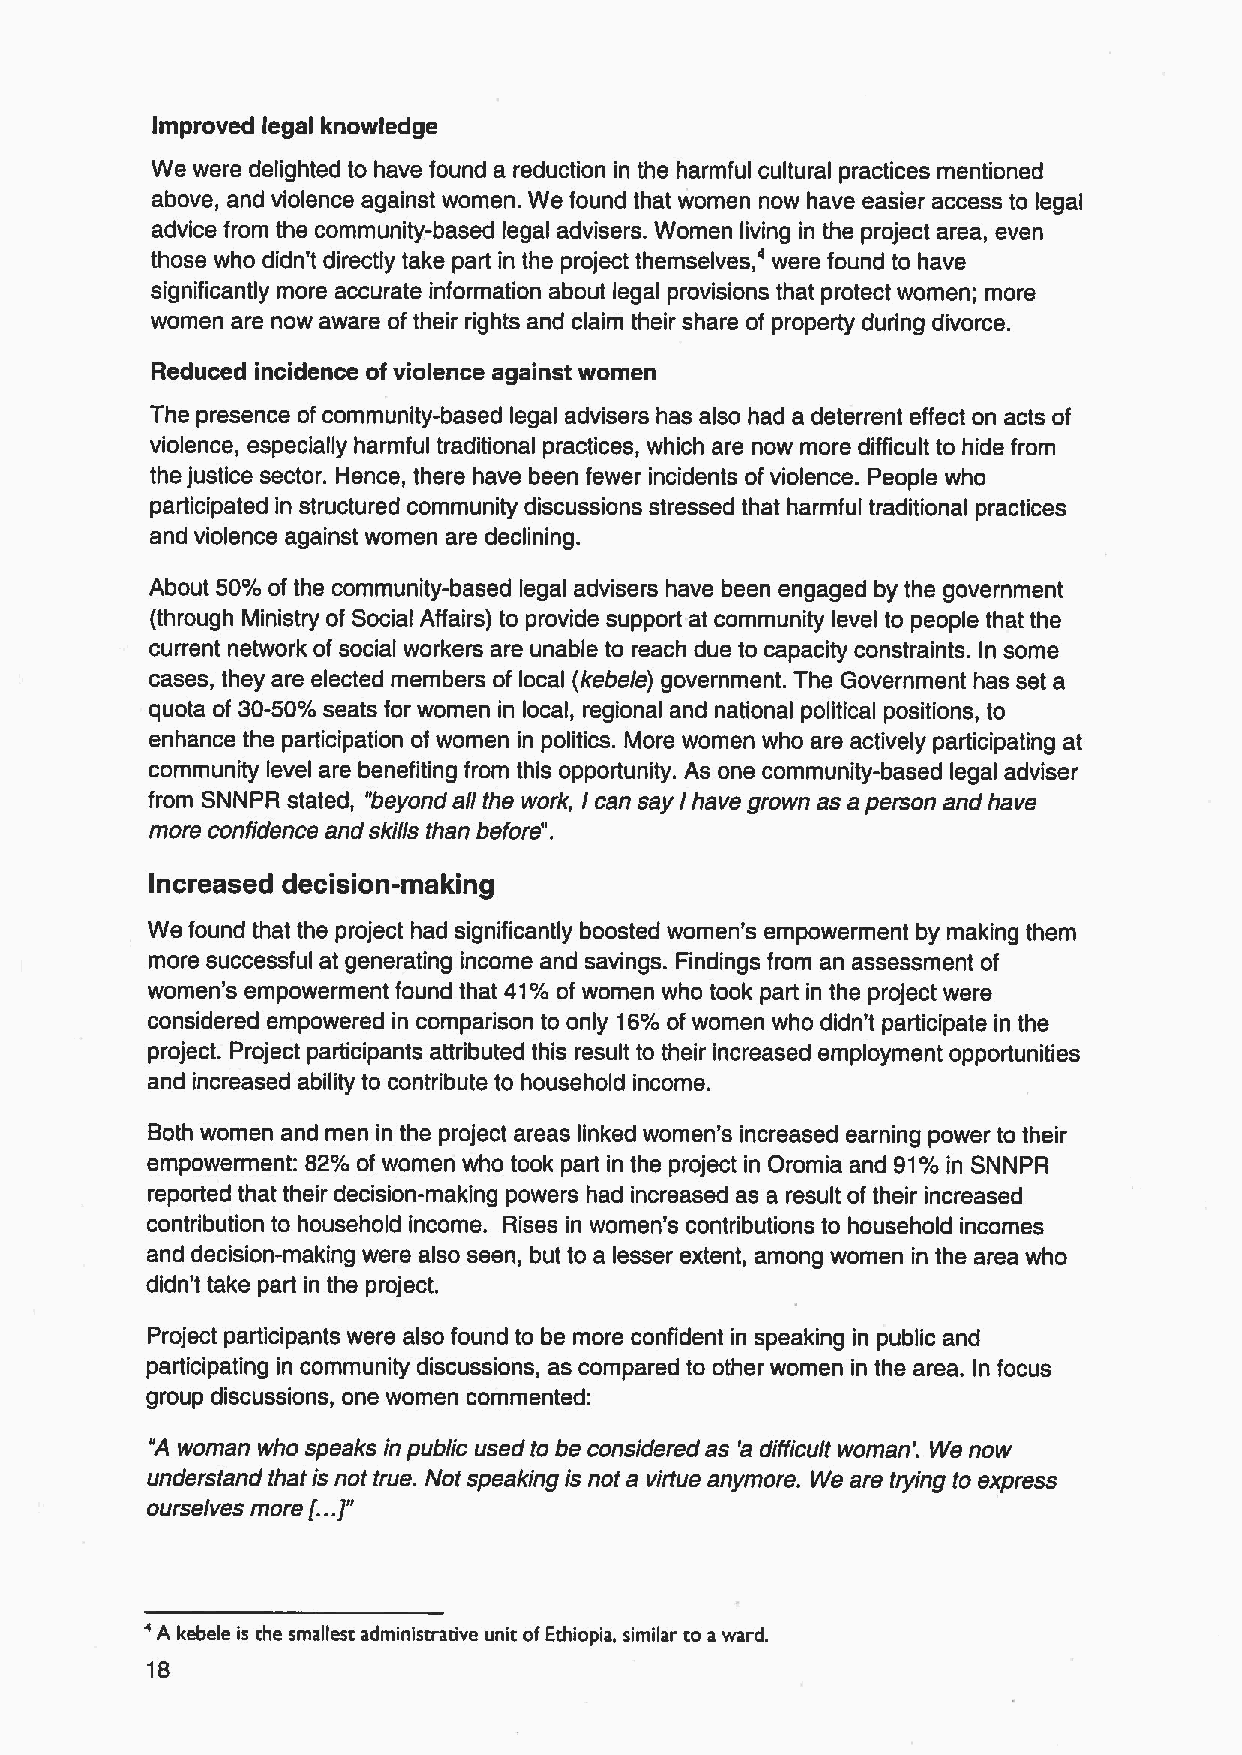
Improved legal knowledge
 We were delighted to have found a reduction in the harmful cultural practices mentioned
 above, and violence against women. We found that women now have easier access to legal
 advice from the community-based legal advisers. Women liv'ing in the project area, even
 those who didn't directly take part in the project themselves, were found to have
 significantly more accurate information about legal provisions that protect women; more
 women are now aware of their rights and claim their share of property during divorce.
 Reduced incidence ofviolence against women
 The presence of community-based legal advisers has also had a deterrent effect on acts of
 violence, especially harmful traditional practices, which are now more difficult to hide from
 the justice sector. Hence, there have been fewer incidents of violence. People who
 participated in structured community discussions stressed that harmful traditional practices
 and violence against women are declining.
 About 50%ofthe community-based legal advisers have been engaged by the government
 (through Ministry of Social Affairs) to provide support at community level to people that the
 current network of social workers are unable to reach due to capacity constraints. In some
 cases, they are elected members of local (kebele) government. The Government has set a
 quota of 30-50%seats for women in local, regional and national political positions, to
 enhance the participation of women in politics. More women who are actively participating at
 community level are benefiting from this opportunity. As one community-based legal adviser
 from SNNPR stated, "beyond all the work, lcan say / have grown as a person and have
 more confidence and skills than before".
 increased decision-making
 We found that the project had significantly boosted women's empowerment by making them
 more successful at generating income and savings. Findings from an assessment of
 women's empowerment found that 41%of women who took part in the project were
 considered empowered in comparison to only 18%ofwomen who didn't participate in the
 project. Project participants attributed this result to their increased employment opportunities
 and increased ability to contribute to household income.
 Both women and men in the project areas linked women's increased earning power to their
 empowerment: 82%of women who took part in the project in Oromia and 91% in SNNPR
 reported that their decision-making powers had increased as a result of their increased
 contribution to household income. Rises in women's contributions to household incomes
 and decision-making were also seen, but to a lesser extent, among women in the area who
 didn't take part in the project.
 Project participants were also found to be more confident in speaking in public and
 participating in community discussions, as compared to other women in the area. In focus
 group discussions, one women commented:
 "A woman who speaks in public used to be considered as 'a difficult woman'. We now
 understand thatis not true. Not speaking is not a virtue anymore. We are trying to express
 ourselves more
 (...1"
 '
 A kebele is tbe smallest administrative unit ofEthiopia, similar to a ward.
 18